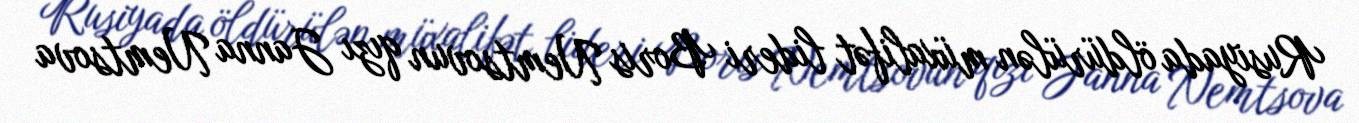
Rusiyada öldürülən müxalifət lideri Boris Nemtsovun qızı Janna Nemtsova